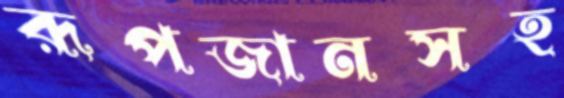
রূপজানসহ